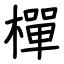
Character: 樿